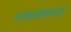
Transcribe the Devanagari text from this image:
मागासलेपणाच्या